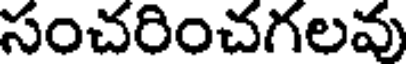
సంచరించగలవు